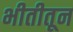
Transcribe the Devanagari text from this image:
भीतीतून